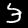
Digit: 3